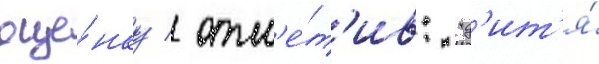
оце́нку / отм'е́т'ив: "д'ит'я́